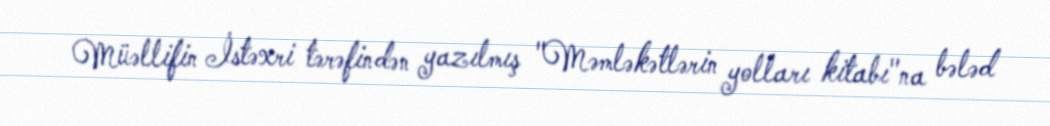
Müəllifin İstəxri tərəfindən yazılmış "Məmləkətlərin yolları kitabı"na bələd